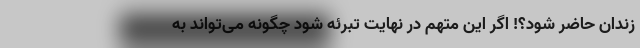
زندان حاضر شود؟! اگر این متهم در نهایت تبرئه شود چگونه می‌تواند به